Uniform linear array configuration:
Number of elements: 8
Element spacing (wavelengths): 0.5
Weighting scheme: blackman
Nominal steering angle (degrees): -15
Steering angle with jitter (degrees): -15.111
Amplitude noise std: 0.05
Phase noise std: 0.05

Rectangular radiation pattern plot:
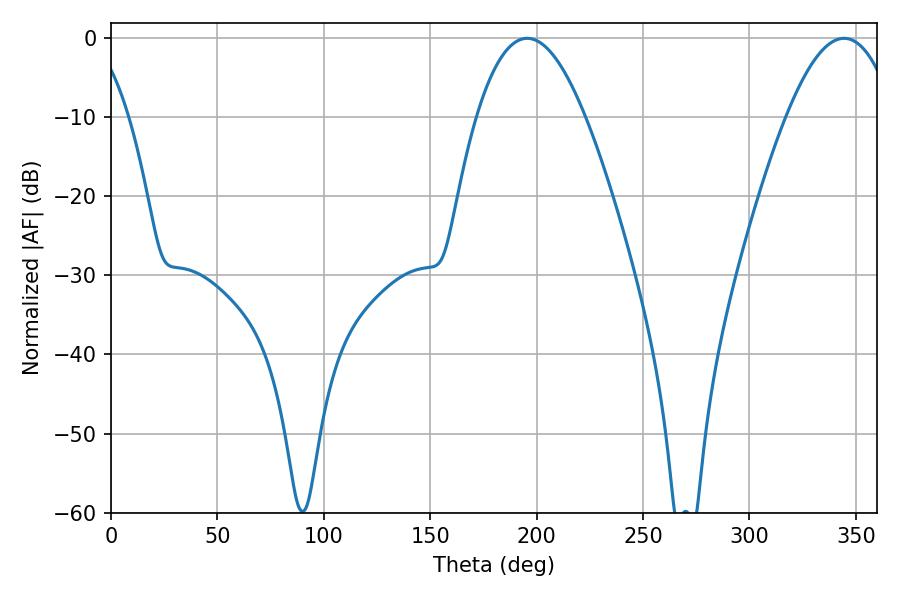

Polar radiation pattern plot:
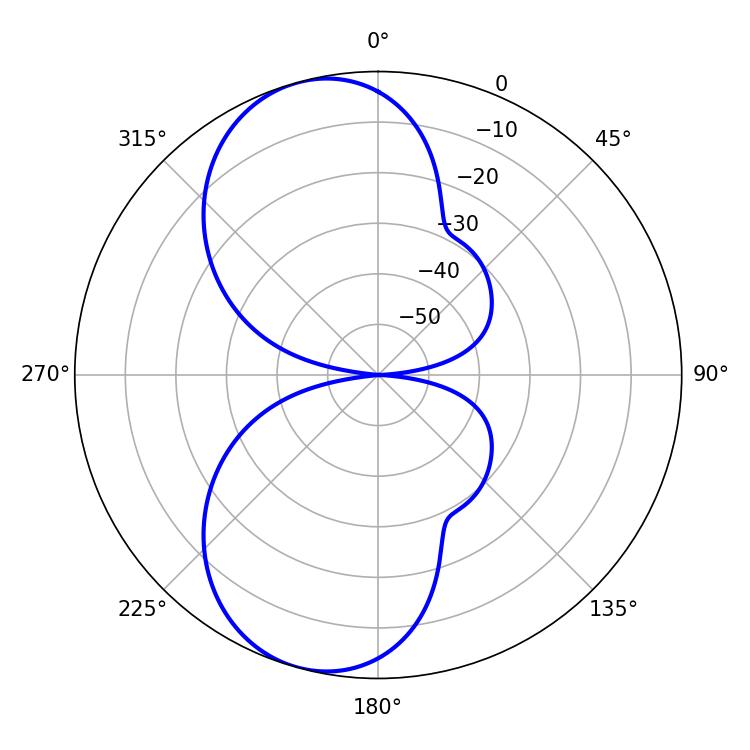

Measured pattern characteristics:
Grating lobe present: FALSE
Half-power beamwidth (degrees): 28.08
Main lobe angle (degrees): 195.48